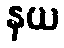
နယ